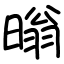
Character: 暡